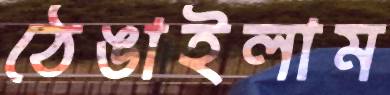
ঠেঙাইলাম